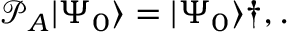
\mathcal { P } _ { A } \vert \Psi _ { 0 } \rangle = \vert \Psi _ { 0 } \rangle \dag , .